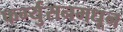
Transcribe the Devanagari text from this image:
फर्ग्युसनमधून